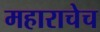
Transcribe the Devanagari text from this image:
महाराचेच